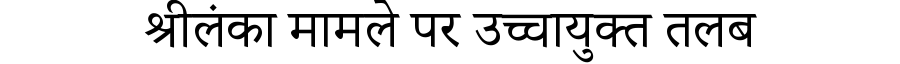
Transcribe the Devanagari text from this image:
श्रीलंका मामले पर उच्चायुक्त तलब